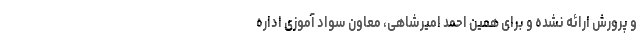
و پرورش ارائه نشده و برای همین احمد امیرشاهی، معاون سواد آموزی اداره